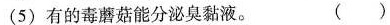
(5)有的毒蘑菇能分泌臭黏液。 ( )